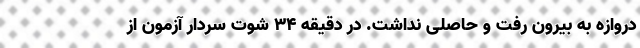
دروازه به بیرون رفت و حاصلی نداشت. در دقیقه ۳۴ شوت سردار آزمون از